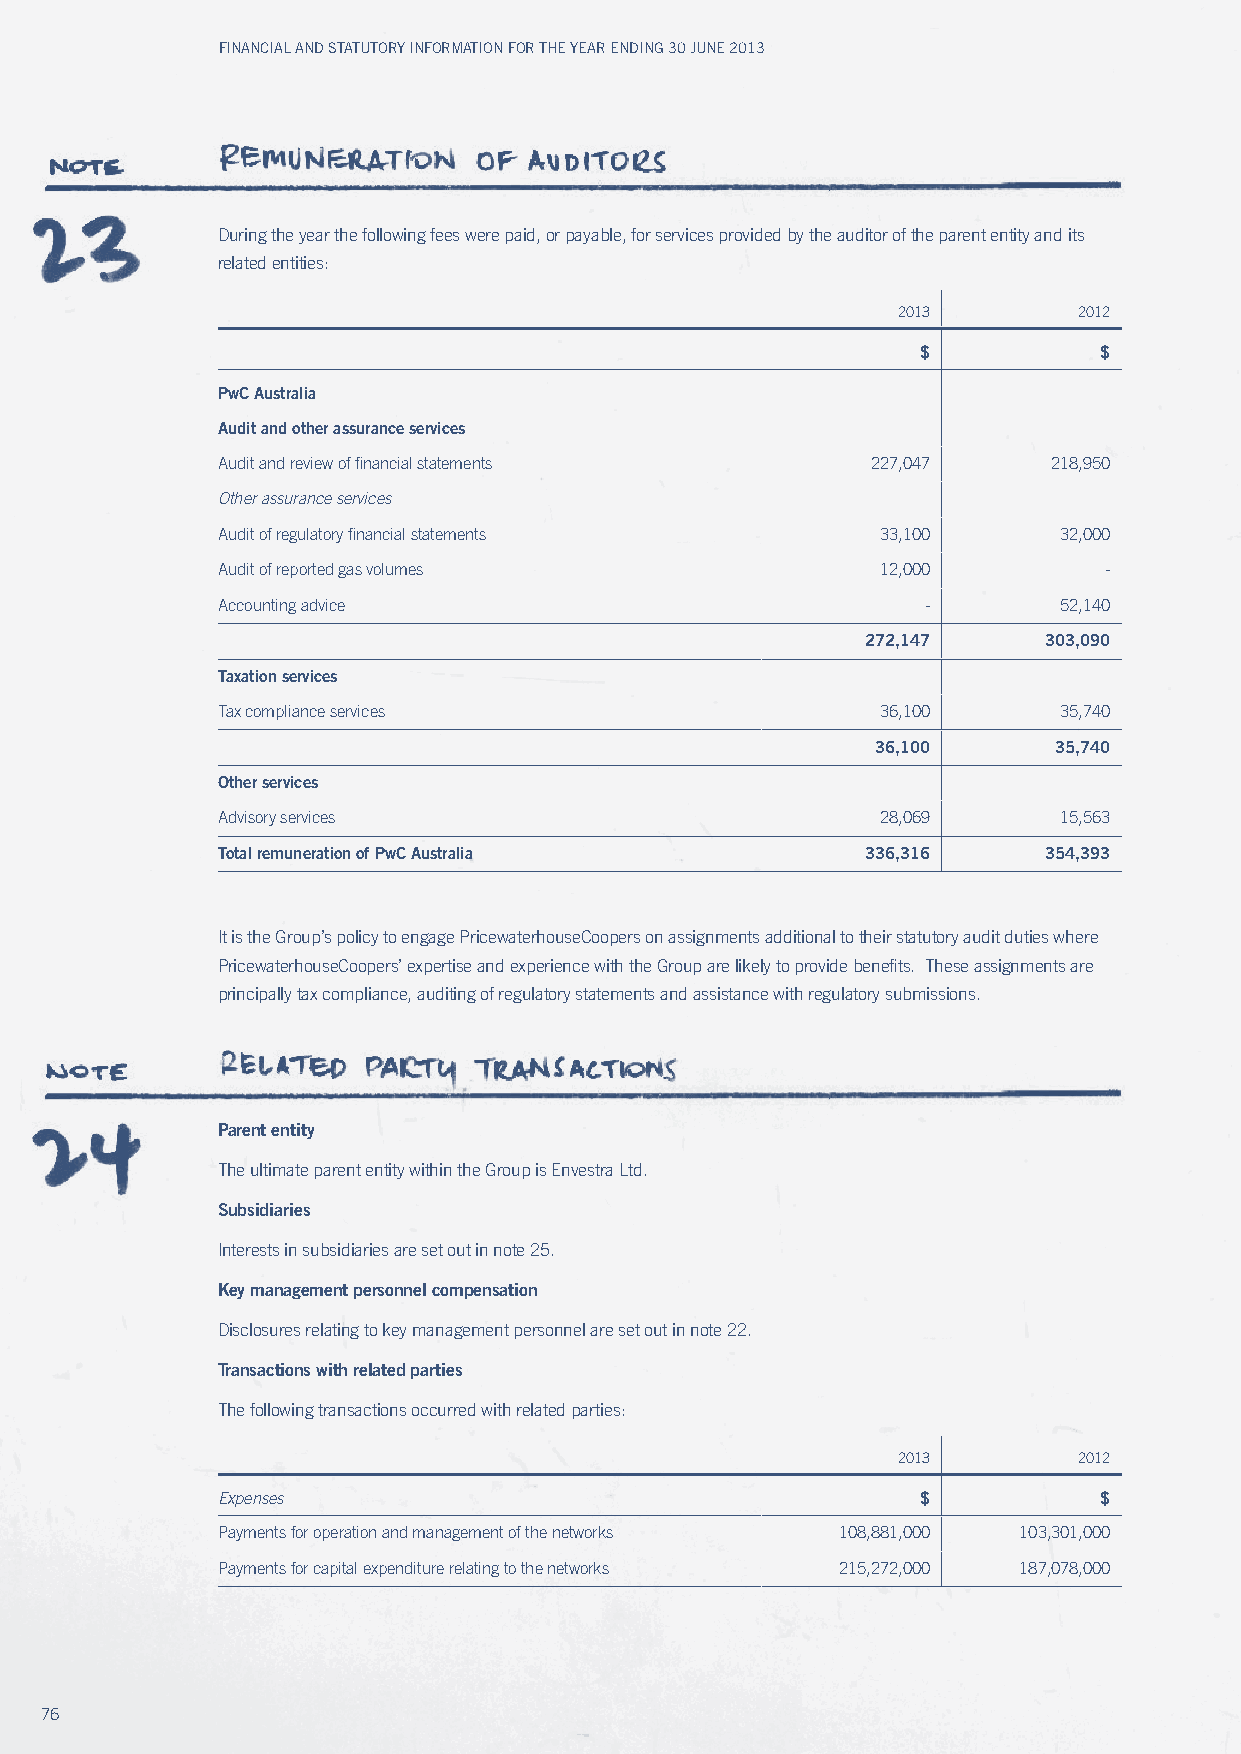
Financial and Statutory inFormation For the year ending 30 June 2013
 During the year the following fees were paid, or payable, for services provided by the auditor of the parent entity and its
 related entities:
 2013        2012
 $           $
 PwC Australia
 Audit and other assurance services
 Audit and review of financial statements    227,047     218,950
 other assurance services
 Audit of regulatory financial statements    33,100      32,000
 Audit of reported gas volumes               12,000         -
 Accounting advice                              -        52,140
 272,147     303,090
 Taxation services
 Tax compliance services                     36,100      35,740
 36,100      35,740
 Other services
 Advisory services                           28,069      15,563
 Total remuneration of PwC Australia        336,316     354,393
 It is the Group’s policy to engage PricewaterhouseCoopers on assignments additional to their statutory audit duties where
 PricewaterhouseCoopers’ expertise and experience with the Group are likely to provide benefits. These assignments are
 principally tax compliance, auditing of regulatory statements and assistance with regulatory submissions.
 Parent entity
 The ultimate parent entity within the Group is Envestra Ltd.
 Subsidiaries
 Interests in subsidiaries are set out in note 25.
 Key management personnel compensation
 Disclosures relating to key management personnel are set out in note 22.
 Transactions with related parties
 The following transactions occurred with related parties:
 2013        2012
 Expenses                                       $           $
 Payments for operation and management of the networks 108,881,000 103,301,000
 Payments for capital expenditure relating to the networks 215,272,000 187,078,000
 76